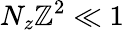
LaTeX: N_{z}\mathbb{Z}^{2}\ll1